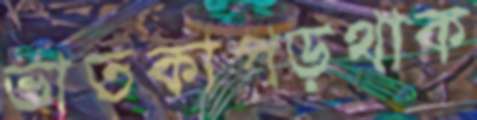
ভাতকাপড়থাক